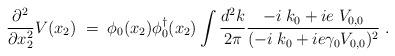
LaTeX: \begin{align*}\frac{\partial^2}{\partial x_2^2}V(x_2)\;=\; \phi_0(x_2)\phi^{\dagger}_0(x_2) \int \frac{d^2k}{2\pi}\frac{-i\;k_0+ie\;V_{0,0}}{(-i\;k_0+ie \gamma_0 V_{0,0})^2}\;.\end{align*}